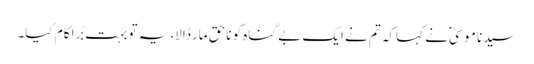
سیدنا موسیٰؑ نے کہا کہ تم نے ایک بے گناہ کو ناحق مار ڈالا، یہ تو بہت بُرا کام کیا۔